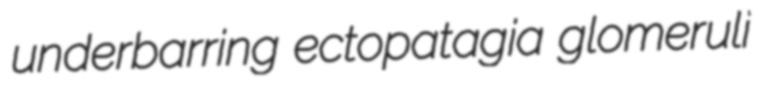
underbarring ectopatagia glomeruli